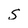
Character: S